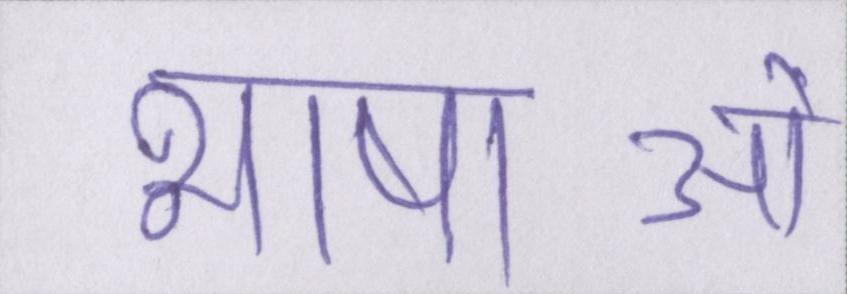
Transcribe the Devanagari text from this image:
भाषाओँ